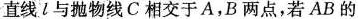
直线l与抛物线C相交于A，B两点，若AB的